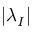
\displaystyle | \lambda _ { I } |